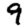
Digit: 9